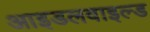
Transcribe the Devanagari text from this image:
आइडलवाइल्ड